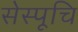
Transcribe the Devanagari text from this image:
सेस्पूचि